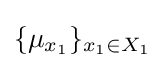
\{\mu _{x_{1}}\}_{x_{1}\in X_{1}}